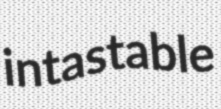
intastable